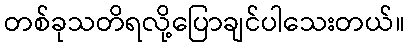
တစ်ခုသတိရလို့ပြောချင်ပါသေးတယ်။